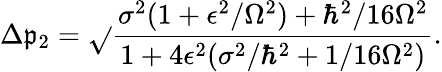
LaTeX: \Delta\mathfrak{p}_{2}={\sqrt{}{{\frac{{\sigma^{2}(1+\epsilon^{2}/\Omega^{2})+\hbar^{2}/16\Omega^{2}}}{{1+4\epsilon^{2}(\sigma^{2}/\hbar^{2}+1/16\Omega^{2})}}}}}.